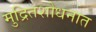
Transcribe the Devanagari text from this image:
मुद्रितशोधनात